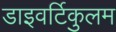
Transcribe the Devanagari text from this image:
डाइवर्टिकुलम